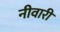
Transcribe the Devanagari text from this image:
नीवारीं